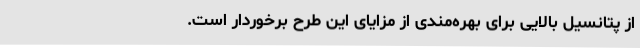
از پتانسیل بالایی برای بهره‌مندی از مزایای این طرح برخوردار است.